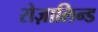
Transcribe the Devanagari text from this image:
रोज़ालिन्ड